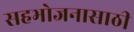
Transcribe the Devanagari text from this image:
सहभोजनासाठी